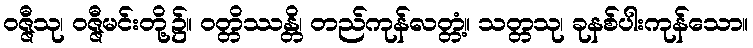
ဝဇ္ဇီသု၊ ဝဇ္ဇီမင်းတို့၌။ ဝတ္တိဿန္တိ၊ တည်ကုန်လတ္တံ့။ သတ္တသု၊ ခုနစ်ပါးကုန်သော။